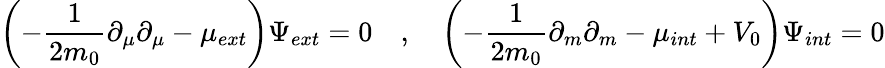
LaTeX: \left(-\frac{1}{2m_{0}}\partial_{\mu}\partial_{\mu}-\mu_{ext}\right)\Psi_{ext}=0\quad,\quad\left(-\frac{1}{2m_{0}}\partial_{m}\partial_{m}-\mu_{int}+V_{0}\right)\Psi_{int}=0